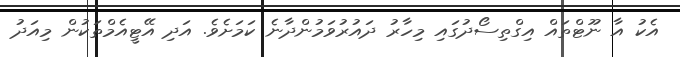
އެކު އާ ނޫޓްތައް އިގްތިސޯދުގައި މިހާރު ދައުރުވަމުންދާނެ ކަމަށެވެ. އަދި އޭޓީއެމްތަކުން މިއަދު